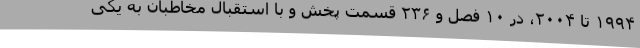
۱۹۹۴ تا ۲۰۰۴، در ۱۰ فصل و ۲۳۶ قسمت پخش و با استقبال مخاطبان به یکی